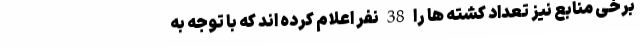
برخی منابع نیز تعداد کشته ها را 38 نفر اعلام کرده اند که با توجه به